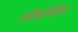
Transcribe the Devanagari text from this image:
ओस्ट्रेलीया